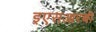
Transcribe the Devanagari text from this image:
इएसआरबी